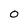
Character: 0